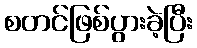
စတင်ဖြစ်ပွားခဲ့ပြီး